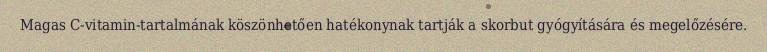
Magas C-vitamin-tartalmának köszönhetően hatékonynak tartják a skorbut gyógyítására és megelőzésére.